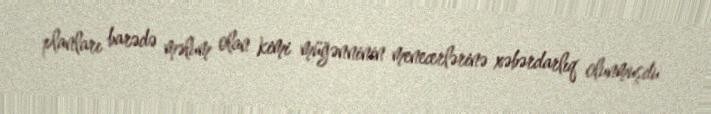
planları barədə məlum olan kimi müğənninin menecerlərinə xəbərdarlıq olunmuşdu